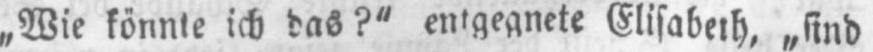
Elisabeth, „sind